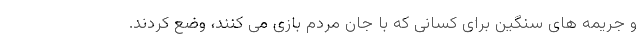
و جریمه های سنگین برای کسانی که با جان مردم بازی می کنند، وضع کردند.